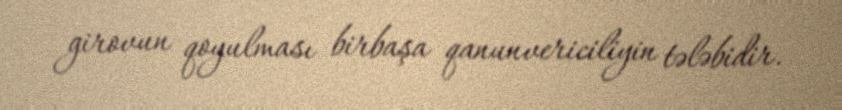
girovun qoyulması birbaşa qanunvericiliyin tələbidir.